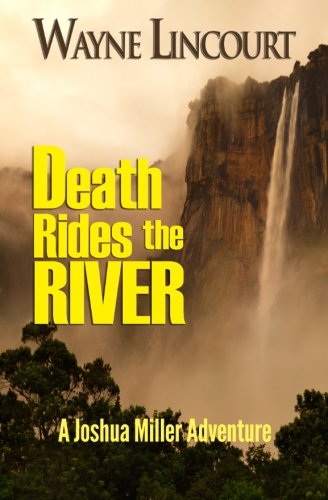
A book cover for Death Rides the River: A Joshua Miller Adventure (Joshua Miller Series) (Volume 2); Wayne Lincourt; Literature & Fiction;